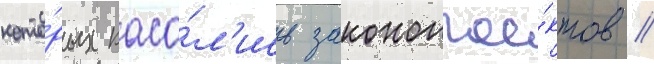
кото́рых каса́л'ись законопрое́ктов //